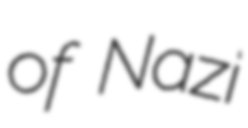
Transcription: of Nazi